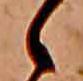
ゝ